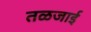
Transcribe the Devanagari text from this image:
तळजाई